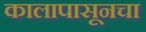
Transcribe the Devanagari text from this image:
कालापासूनचा